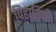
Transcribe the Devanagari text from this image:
विहारिणी